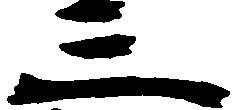
三